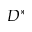
D ^ { * }